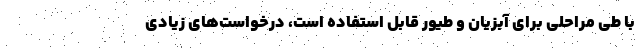
با طی مراحلی برای آبزیان و طیور قابل‌ استفاده است، درخواست‌های زیادی